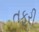
તફરી